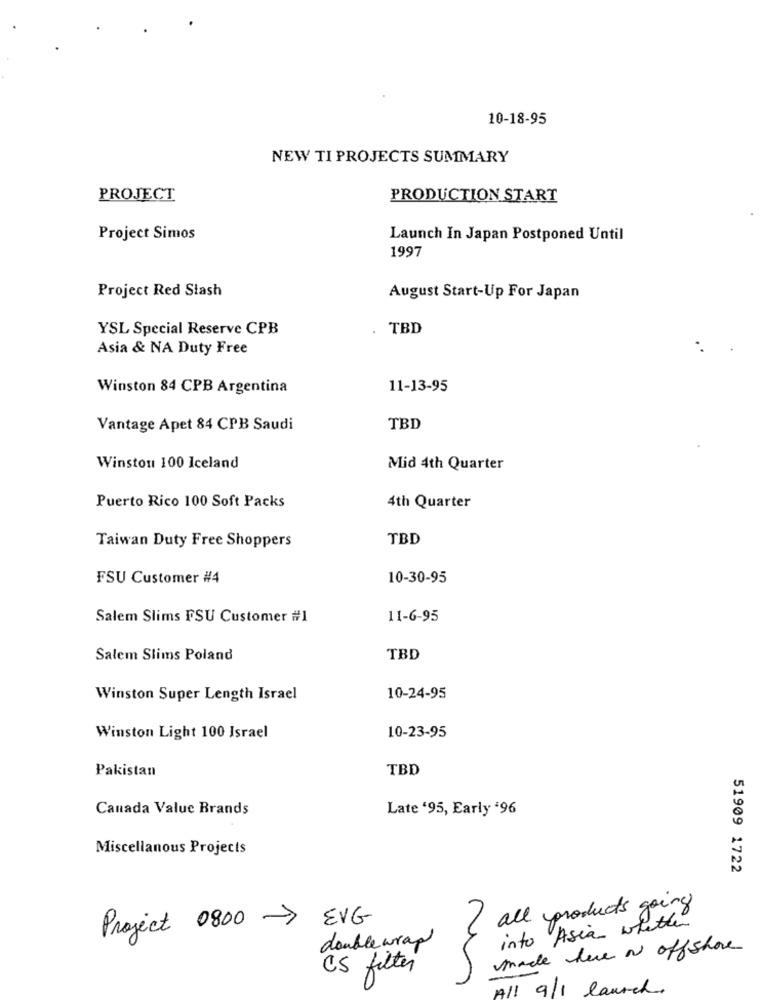
10-18-95
NEW TI PROJECTS SUMMARY
PROJECT
PRODUCTION START
Project Simos
Launch In Japan Postponed Until
1997
Project Red Slash
August Start-Up For Japan
YSL Special Reserve CPB
TBD
Asia & NA Duty Free
Winston 84 CPB Argentina
11-13-95
Vantage Apet 84 CPB Saudi
TBD
Winston 100 Iceland
Mid 4th Quarter
Puerto Rico 100 Soft Packs
4th Quarter
Taiwan Duty Free Shoppers
TBD
FSU Customer #4
10-30-95
Salem Slims FSU Customer #1
11-6-95
Salem Slims Poland
TBD
Winston Super Length Israel
10-24-95
Winston Light 100 Israel
10-23-95
Pakistan
TBD
Canada Value Brands
Late '95, Early '96
Miscellanous Projects
51909 1722
I all products going
EVG
into Asia whether
Project 0800 ->
double wrap
made here af offshore
CS filter
All 9/1 launch.